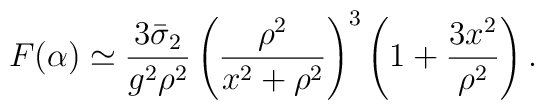
F(\alpha )\simeq\frac{3\bar{\sigma}_2}{g^2\rho^2}\left(\frac{\rho^2}{x^2+\rho^2}\right)^3  \left(1+\frac{3x^2}{\rho^2}\right).